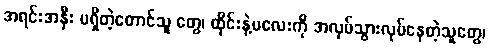
အရင်းအနှီး မရှိတဲ့တောင်သူ တွေ၊ ထိုင်းနဲ့မလေးကို အလုပ်သွားလုပ်နေတဲ့သူတွေ၊